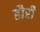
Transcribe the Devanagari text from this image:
हौरी